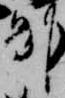
州